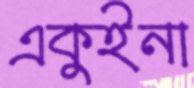
একুইনা